Medical and sanitary report of the native army of Bengal for the year
Year: 1876
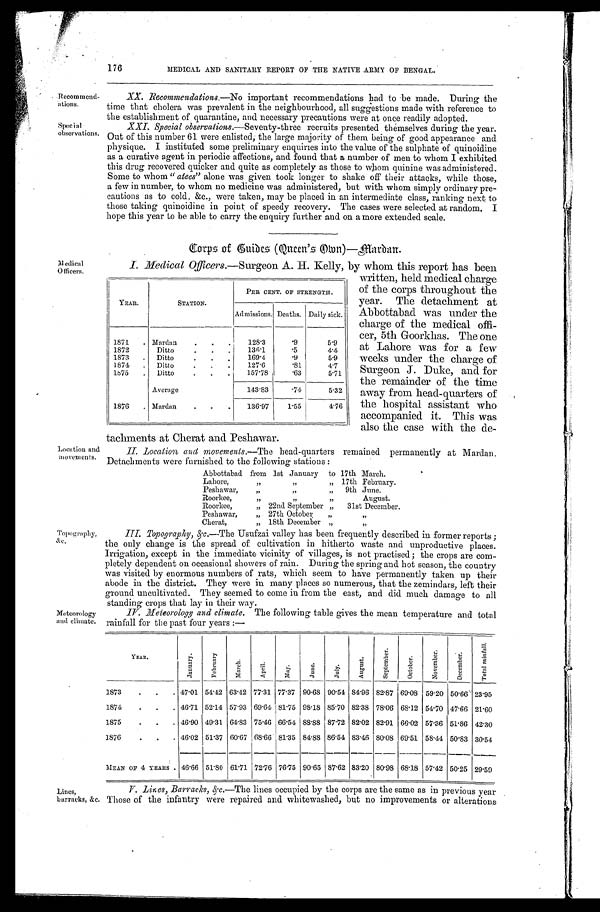
-
ations.
Special
observations.
Medi cal
Officers.
Location and
movements
Topography,
&c.
Meteorology
and climate.
176
MEDICAL AND SANITARY REPORT OF THE NATIVE ARMY OF BENGAL.
XX. Recommendations. —No important recommendations had to be made. During the
time that cholera was prevalent in the neighbourhood, all suggestions made with reference to
the establishment of quarantine, and necessary precautions were at once readily adopted.
XXI. Special observations. —Seventy-three recruits presented themselves during the year.
Out of this number 61 were enlisted, the large majority of them being of good appearance and
physique. I instituted some preliminary enquiries into the value of the sulphate of quinoidine
as a curative agent in periodic affections, and found that a number of men to whom I exhibited
this drug recovered quicker and quite as completely as those to whom quinine was administered.
Some to whom "atees" alone was given took longer to shake off their attacks, while those,
a few in number, to whom no medicine was administered, but with whom simply ordinary pre
-
cautions as to cold, &c., were taken, may be placed in an intermediate class, ranking next to
those taking quinoidine in point of speedy recovery. The cases were selected at random. I
hope this year to be able to carry the enquiry further and on a more extended scale.
Corps of Guides (Queen's Own)—Mardan.
I. Medical Officers. —Surgeon A. H. Kelly, by whom this report has been
written, held medical charge
of the corps throughout the
year. The detachment at
Abbottabad was under the
charge of the medical offi
-
cer, 5th Goorkhas. The one
at Lahore was for a few
weeks under the charge of
Surgeon J. Duke, and for
the remainder of the time
away from head-quarters of
the hospital assistant who
accompanied it. This was
also the case with the de-
tachments at Cherat and Peshawar.
II Location and movements. —The head-quarters remained permanently at Mardan.
Detachments were furnished to the following stations:
Abbottabad from 1st January to 17th March.
Lahore, „ „ „
17th February.
P e s h a w a r , „ „ „
9th June.
Roorkee, „ „ „
August.
Roorkee, „ 22nd September „ 31st December.
Peshawar, „ 27th October „
„
Cherat, „ 18th December „
„
III. Topography, &c.—The Usufzai valley has been frequently described in former reports;
the only change is the spread of cultivation in hitherto waste and unproductive places.
Irrigation, except in the immediate vicinity of villages, is not practised; the crops are com-
pletely dependent on occasional showers of rain. During the spring and hot season, the country
was visited by enormous numbers of rats, which seem to have permanently taken up their
abode in the district. They were in many places so numerous, that the zemindars, left their
ground uncultivated. They seemed to come in from the east, and did much damage to all
standing crops that lay in their way.
IV. Meteorology and climate. The following table gives the mean temperature and total
rainfall for the past four years:—
YEAR.
STATION.
PER CENT, OF STRENGTH.
Admissions. Deaths. Daily sick.
1871
Mardan
128.3
. 9
5.9
1872
Ditto
136.1
. 5
4.4
1873
Ditto
169.4
. 9
5.9
1874
Ditto
127.6 .81
4.7
1875
Ditto
157.78 .63
5.71
Average
143.83
. 7 4
5.32
1876
Marden
136.97
1.55
4.76
YEAR.
J a n u a r y .
F e b r u a r y .
M a r c h .
A p r i l .
M a y .
J u n e .
J u l y .
A u g u s t .
S e p t e m b e r .
O c t o b e r .
N o v e m b e r .
D e c e m b e r .
T o t a l r a i n f a l l .
1873
47.01 54.42 63.42 77.31 77.37 90.68 90.54 84.96 82.87 69.08 59.20 50.66 23.95
1874
46.71 52.14 57.93 69.64 81.75 98.18 85.70 82.38 78.06 68.12 54.70 47.66 21.60
1875
46.90 49.31 64.83 75.46 66.54 88.88 87.72 82.02 82.91 66.02 57.36 51.86 42.3
1876
46.02 51.37 60.67 68.66 81.35 84.88 86.54 83.46 80.08 69.51 58.44 50.83 30.54
MEAN OF 4 TEARS 46.66 51.80 61.71 72.76 76.75 90.65 87.62 83.20 80.98 68.18 57.42 50.25 29.59
Lines,
barracks, &c.
V. Lines, Barracks, &c. —The lines occupied by the corps are the same as in previous year
Those of the infantry were repaired and whitewashed, but no improvements or alterations